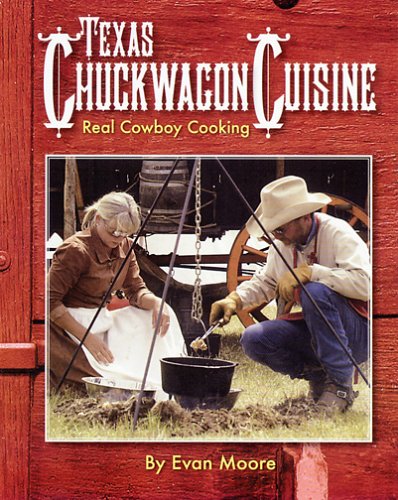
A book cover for Texas Chuckwagon Cuisine; Evan Moore; Cookbooks, Food & Wine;